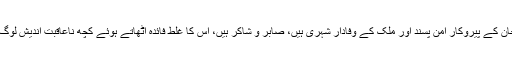
یہ بات تو طے ہے کہ آغا خان کے پیروکار امن پسند اور ملک کے وفادار شہری ہیں، صابر و شاکر ہیں، اس کا غلط فائدہ اٹھاتے ہوئے کچھ ناعاقبت اندیش لوگ انہیں بے غیرت کہتے ہیں۔